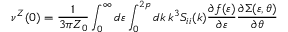
\nu ^ { Z } ( 0 ) = \frac { 1 } { 3 \pi Z _ { 0 } } \int _ { 0 } ^ { \infty } d \varepsilon \int _ { 0 } ^ { 2 p } d k \, k ^ { 3 } S _ { i i } ( k ) \frac { \partial f ( \varepsilon ) } { \partial \varepsilon } \frac { \partial \Sigma ( \varepsilon , \theta ) } { \partial \theta }